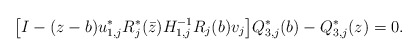
\begin{align*} \big[ I-(z-b)u_{1,j}^*R_j^*(\bar z)H_{1,j}^{-1}R_j(b)v_j \big] Q_{3,j}^{*}(b)-Q_{3,j}^{*}(z)=0. \end{align*}